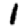
Digit: 1